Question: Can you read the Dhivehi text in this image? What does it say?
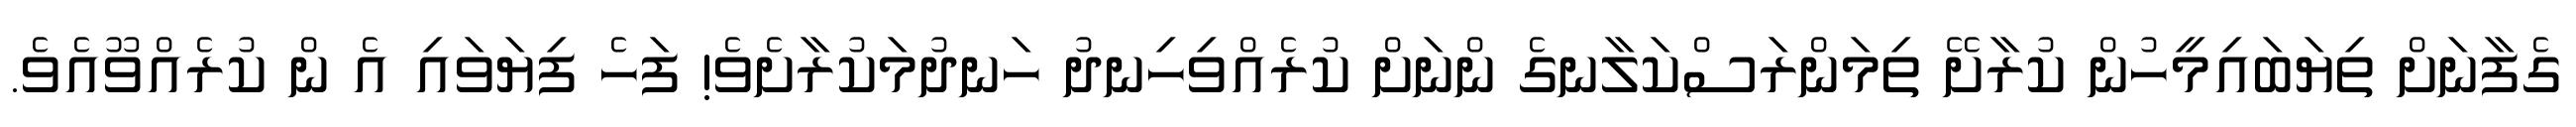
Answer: ގެފާނަށް ތިޔަބައިމީހުން ކުރާށޭ ތިމަންރަސްކަލާނގެ ންނަށް ކުރެއްވިހިނދު ހަނދުމަކުރާށެވެ! ފަހެ ފިޔަވައި އެ ން ކުރެއްވޫއެވެ.